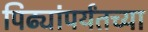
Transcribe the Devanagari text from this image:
पिढ्यांपर्यंतच्या